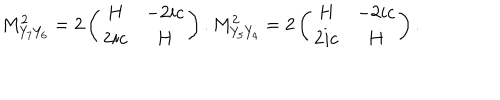
LaTeX: M _ { Y _ { 7 } Y _ { 6 } } ^ { 2 } = 2 \left( \begin{array} { c c } { { H } } & { { - 2 i c } } \\ { { 2 i c } } & { { H } } \\ \end{array} \right) . M _ { Y _ { 5 } Y _ { 4 } } ^ { 2 } = 2 \left( \begin{array} { c c } { { H } } & { { - 2 i c } } \\ { { 2 i c } } & { { H } } \\ \end{array} \right) .